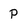
Character: p